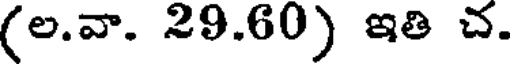
(ల.వా. 29.60) ఇతి చ.